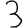
Digit: 3